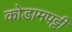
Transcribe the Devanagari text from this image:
कोडामपट्टी